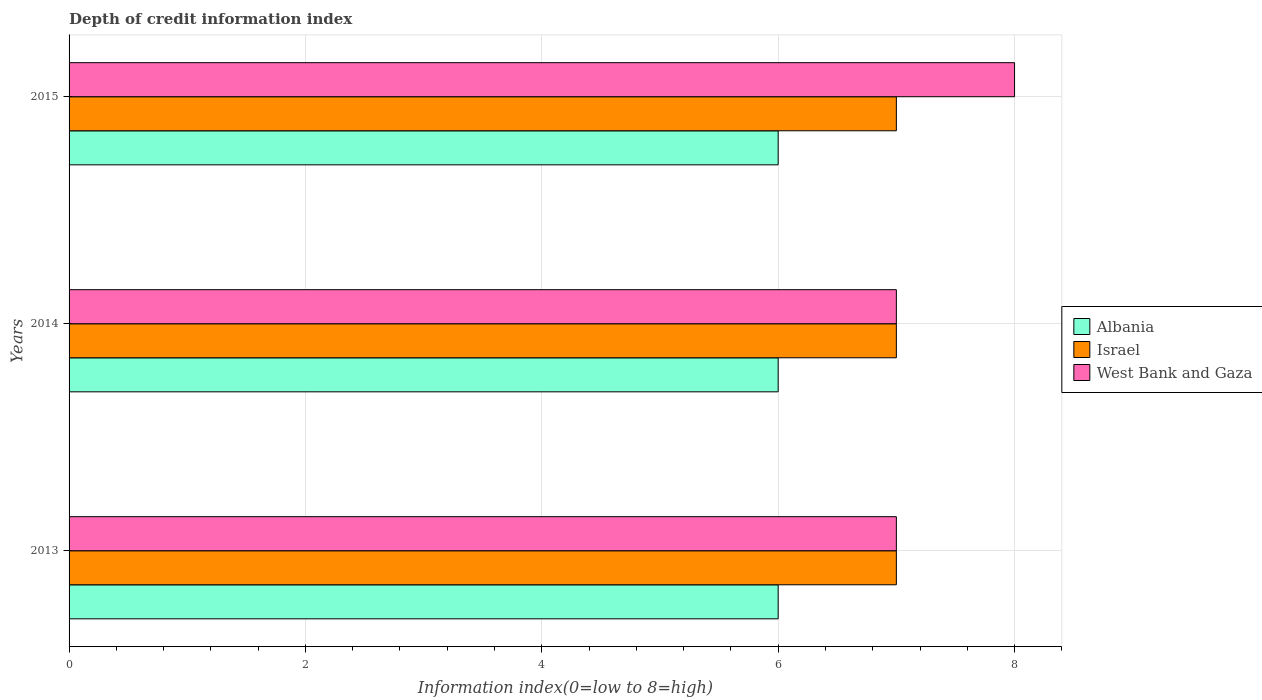
| Years | Albania | Israel | West Bank and Gaza |
 | --- | --- | --- | --- |
 | 2013 | 6 | 7 | 7 |
 | 2014 | 6 | 7 | 7 |
 | 2015 | 6 | 7 | 8 |